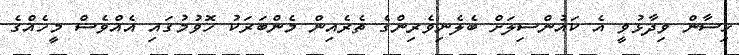
ހިސާން ވިދާޅުވީ އެ ކައުންސިލަށް ބެލެނިވެރިންގެ ތެރެއިން މެންބަރަކު ހޮވުމުގައި އެއްވެސް މީހެއްގެ